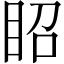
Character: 眧